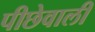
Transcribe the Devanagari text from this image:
पीछेवाली